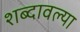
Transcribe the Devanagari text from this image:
शब्दावल्या